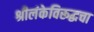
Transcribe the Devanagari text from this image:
श्रीलंकेविरूद्धचा